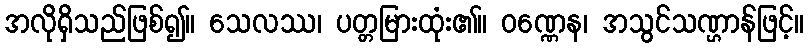
အလိုရှိသည်ဖြစ်၍။ သေလဿ၊ ပတ္တမြားထုံး၏။ ဝဏ္ဏေန၊ အသွင်သဏ္ဌာန်ဖြင့်။